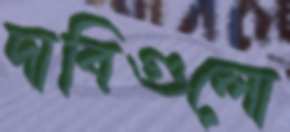
দাবিগুলো